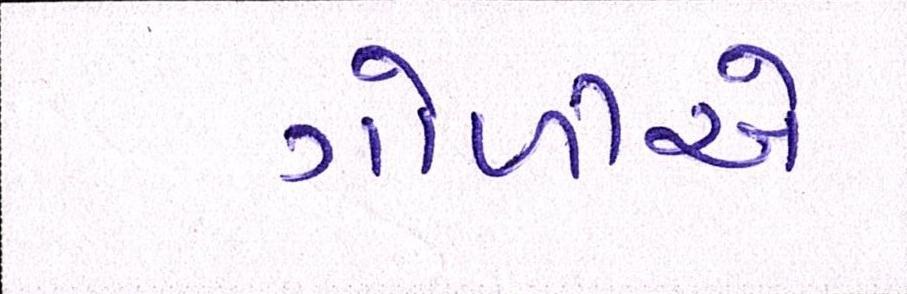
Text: ગોળીએ